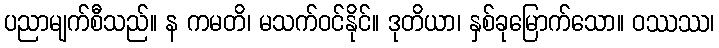
ပညာမျက်စီသည်။ န ကမတိ၊ မသက်ဝင်နိုင်။ ဒုတိယာ၊ နှစ်ခုမြောက်သော။ ဝဿဿ၊